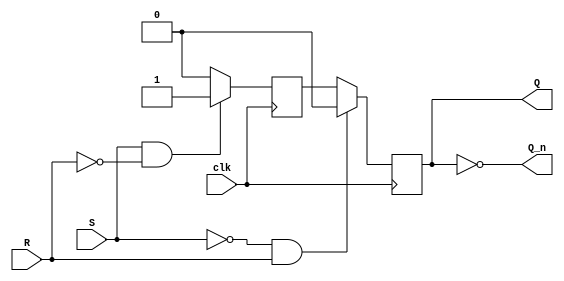
module sr_flip_flop (
    input wire S, R, clk,
    output reg Q, Q_n
);

reg master_latch, slave_latch;

always @(posedge clk) begin
    if (S && !R) begin
        master_latch <= 1;
    end else begin
        master_latch <= 0;
    end
end

always @(negedge clk) begin
    if (!S && R) begin
        slave_latch <= 0;
    end else begin
        slave_latch <= master_latch;
    end
end

assign Q = slave_latch;
assign Q_n = ~slave_latch;

endmodule